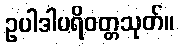
ဥပါဒါပရိဝတ္တသုတ်။